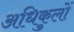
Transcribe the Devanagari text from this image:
अधिकुलों